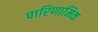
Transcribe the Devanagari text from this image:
पारिणामिक